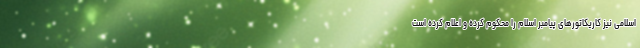
اسلامی نیز کاریکاتورهای پیامبر اسلام را محکوم کرده و اعلام کرده است